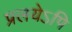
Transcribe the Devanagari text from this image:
प्रलयेऽपि